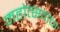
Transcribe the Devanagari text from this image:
महोत्सवांचा